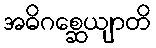
အဓိဂစ္ဆေယျာတိ